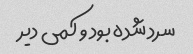
سرد شده بود و کمی دیر